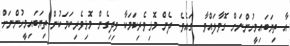
އާ ތިޔަބައިމީހުންނަށް ގޮވާލައްވާ  ގައެވެ. ދެން މޮޅިވެރިކަމަކާ ވިދިގެން މޮޅިވެރިކަމަކުން ތިޔަބައިމީހުންނަށް